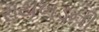
રાયખડની